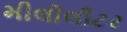
મીલીલીટર